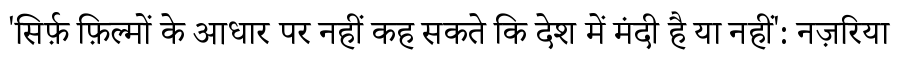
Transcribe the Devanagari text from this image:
'सिर्फ़ फ़िल्मों के आधार पर नहीं कह सकते कि देश में मंदी है या नहीं': नज़रिया